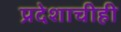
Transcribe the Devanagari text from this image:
प्रदेशाचीही